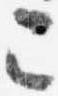
已